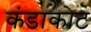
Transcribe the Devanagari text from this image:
कंडाकोट